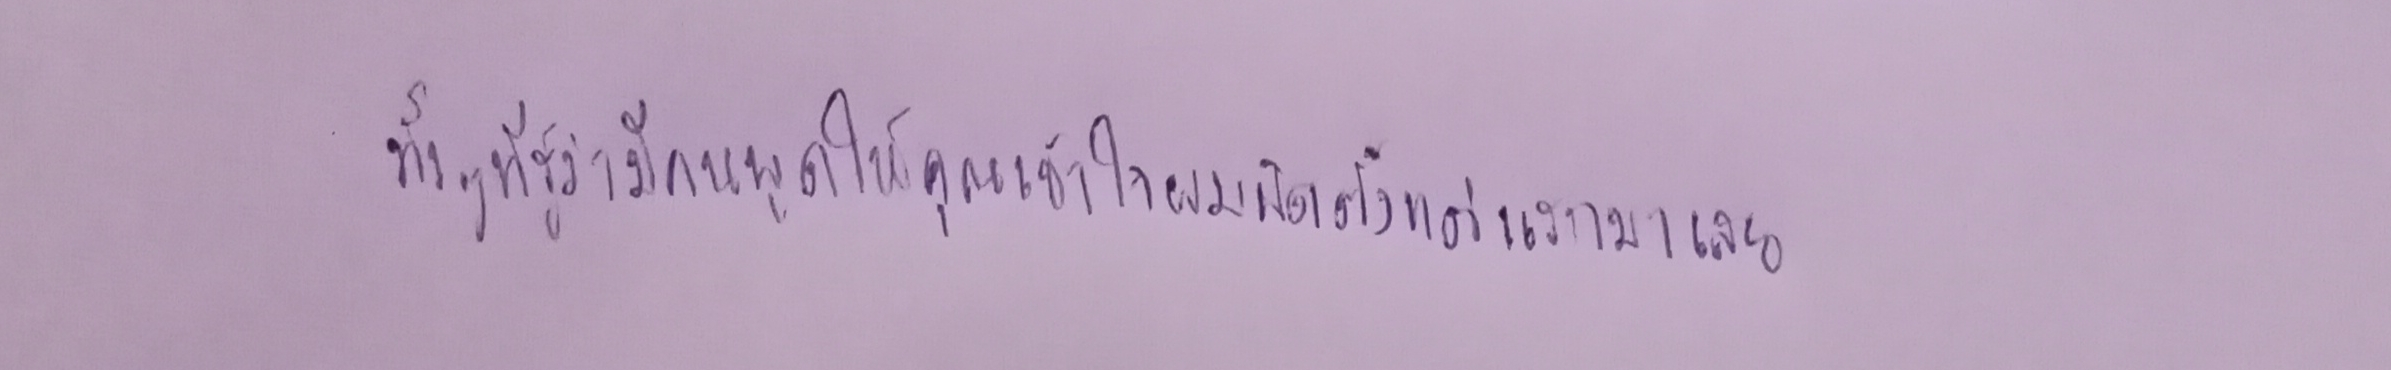
ทั้งๆที่รู้ว่ามีคนพูดให้คุณเข้าใจผมผิดตั้งแต่แรกมาเลย